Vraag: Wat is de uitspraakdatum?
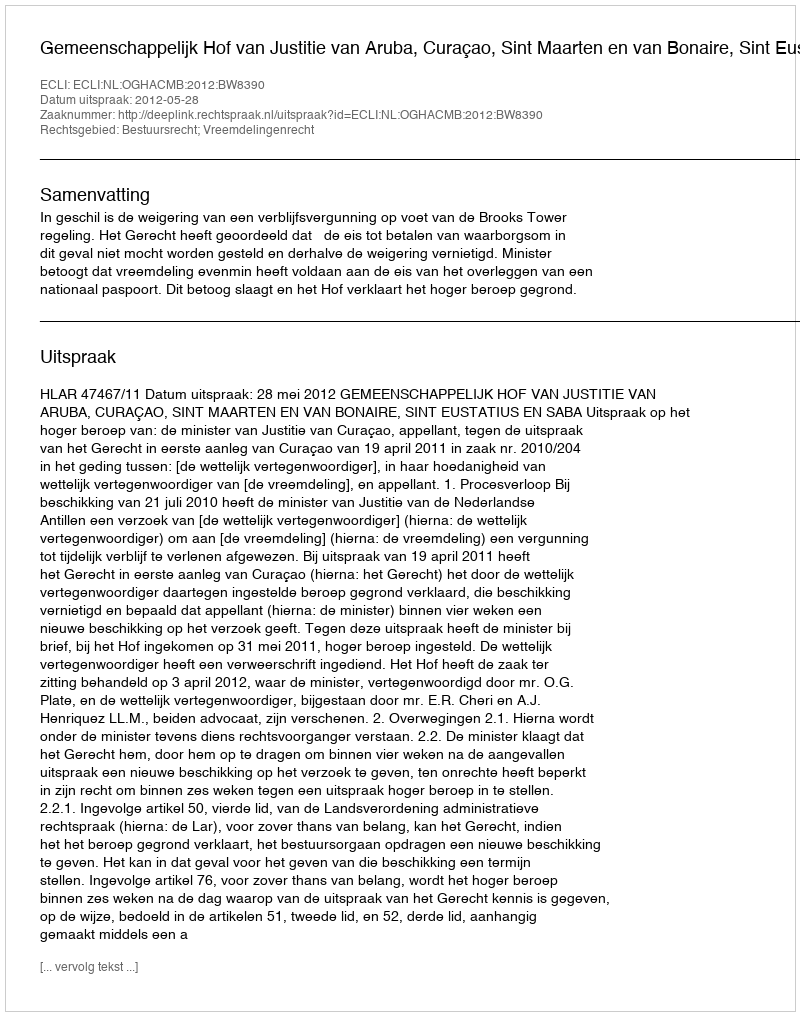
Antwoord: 2012-05-28